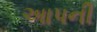
અાપની